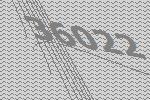
36022